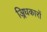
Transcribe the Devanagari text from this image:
अ्रिधकारों